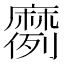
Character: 𫜗